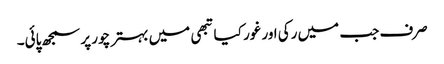
صرف جب میں رکی اور غور کیا تبھی میں بہتر چور پر سمجھ پائی۔